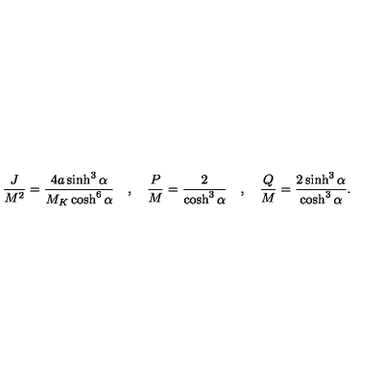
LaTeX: { \frac { J } { M ^ { 2 } } } = { \frac { 4 a \sinh ^ { 3 } \alpha } { M _ { K } \cosh ^ { 6 } \alpha } } \quad , \quad { \frac { P } { M } } = { \frac { 2 } { \cosh ^ { 3 } \alpha } } \quad , \quad { \frac { Q } { M } } = { \frac { 2 \sinh ^ { 3 } \alpha } { \cosh ^ { 3 } \alpha } } .